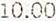
10.00